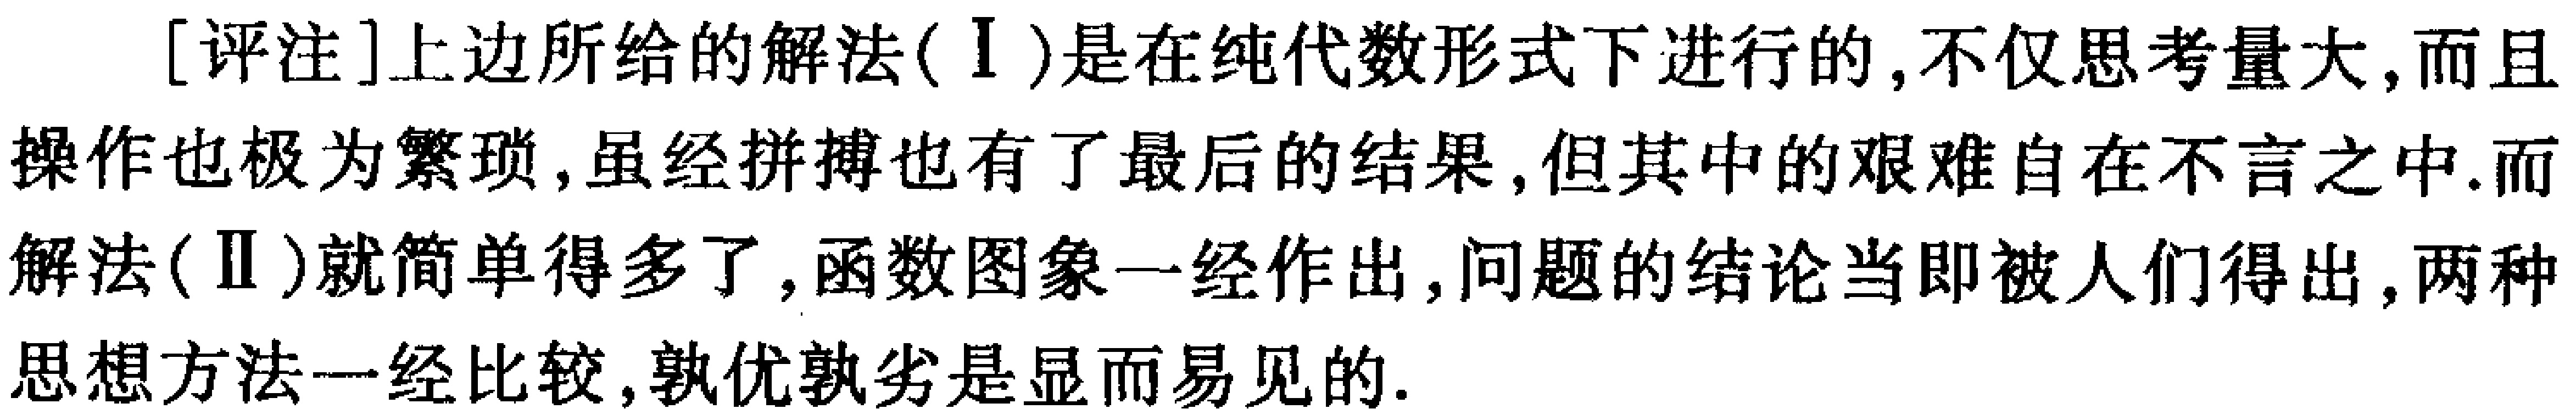
[评注]上边所给的解法(Ⅰ)是在纯代数形式下进行的,不仅思考量大,而且操作也极为繁琐,虽经拼搏也有了最后的结果,但其中的艰难自在不言之中.而解法(Ⅱ)就简单得多了,函数图象一经作出,问题的结论当即被人们得出,两种思想方法一经比较,孰优孰劣是显而易见的.